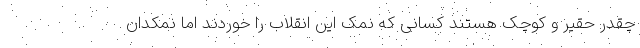
چقدر حقیر و کوچک هستند کسانی که نمک این انقلاب را خوردند اما نمکدان